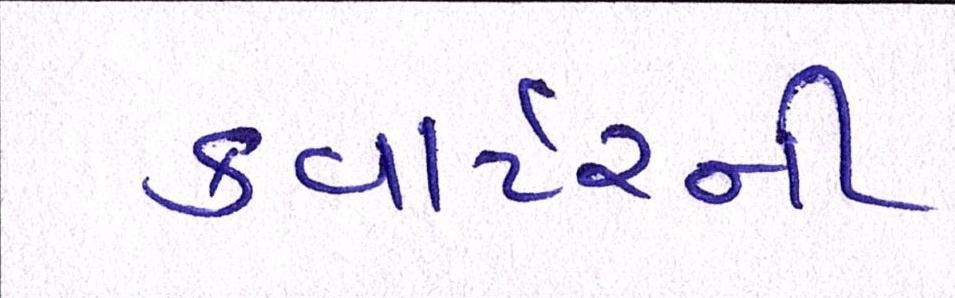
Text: ક્વાર્ટરની